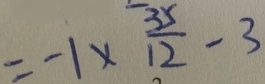
= - 1 \times \frac { 3 5 } { 1 2 } - 3